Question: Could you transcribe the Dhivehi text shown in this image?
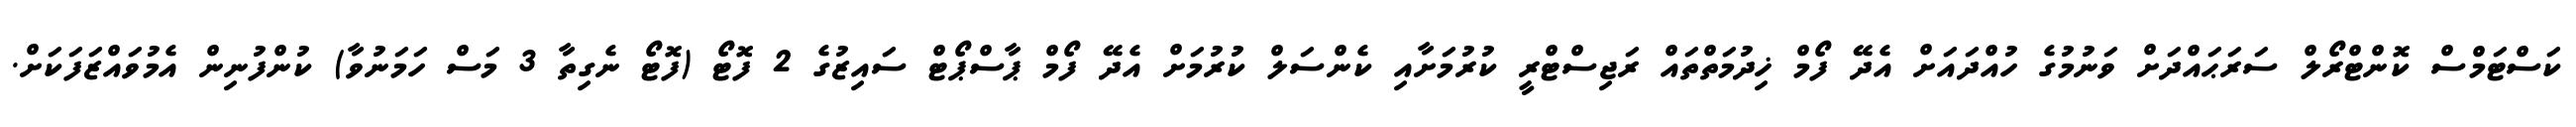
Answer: ކަސްޓަމްސް ކޮންޓްރޯލް ސަރަޙައްދަށް ވަނުމުގެ ހުއްދައަށް އެދޭ ފޯމް ޚިދުމަތްތައް ރަޖިސްޓްރީ ކުރުމަށާއި ކެންސަލް ކުރުމަށް އެދޭ ފޯމް ޕާސްޕޯޓް ސައިޒުގެ 2 ފޮޓޯ (ފޮޓޯ ނެގިތާ 3 މަސް ހަމަނުވާ) ކުންފުނިން އެމުވައްޒަފަކަށް.